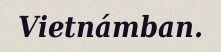
Vietnámban.